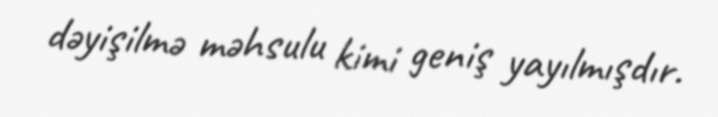
dəyişilmə məhsulu kimi geniş yayılmışdır.